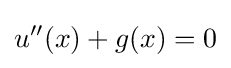
u^{\prime \prime }(x)+g(x)=0